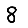
Digit: 8